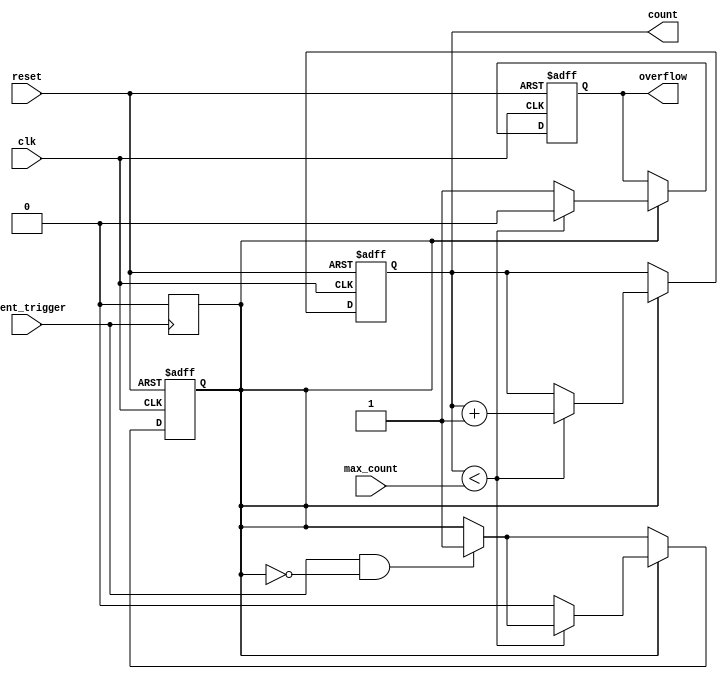
module EventTriggeredCounter (
    input wire clk,                // Clock signal
    input wire reset,              // Asynchronous reset signal
    input wire event_trigger,      // Event trigger signal (rising edge)
    input wire [7:0] max_count,    // Maximum count value (preset)
    output reg [7:0] count,        // Current count value
    output reg overflow            // Overflow indicator
);

    // State to track the counting process
    reg counting;

    // Asynchronous reset logic
    always @(posedge clk or posedge reset) begin
        if (reset) begin
            count <= 8'b0;          // Clear count on reset
            overflow <= 1'b0;       // Clear overflow status
            counting <= 1'b0;       // Reset counting state
        end else begin
            // Check for event trigger (rising edge detection)
            if (event_trigger && !counting) begin
                counting <= 1'b1;    // Start counting
            end
            
            // Counting logic
            if (counting) begin
                if (count < max_count) begin
                    count <= count + 1; // Increment count
                    overflow <= 1'b0;    // No overflow
                end else begin
                    overflow <= 1'b1;    // Set overflow flag
                    counting <= 1'b0;    // Stop counting
                end
            end
        end
    end

    // Optional: Logic to handle counting state if needed
    always @(negedge event_trigger) begin
        counting <= 1'b0; // Stop counting on falling edge of event_trigger
    end

endmodule